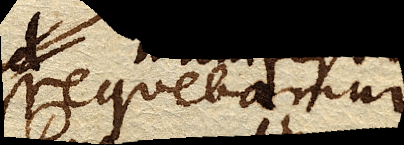
assequebamur